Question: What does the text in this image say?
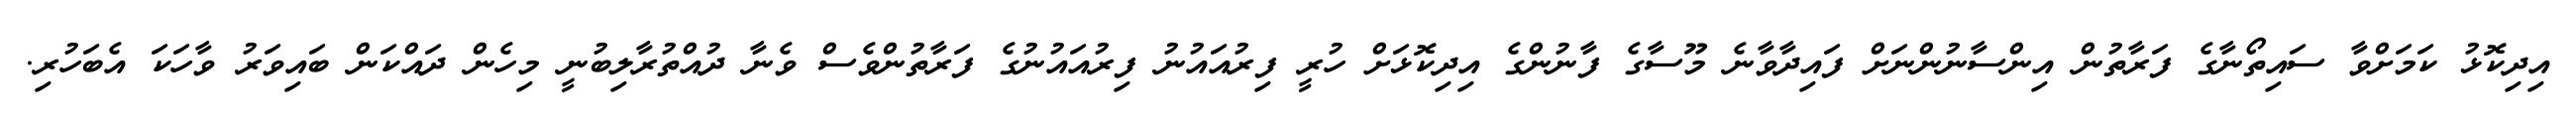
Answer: އިދިކޮޅު ކަމަށްވާ ސައިތޯނާގެ ފަރާތުން އިންސާނުންނަށް ފައިދާވާނެ މޫސާގެ ފާނުންގެ އިދިކޮޅަށް ހުރީ ފިރުއައުނު ފިރުއައުނުގެ ފަރާތުންވެސް ވެނާ ދުއްތުރާލިބުނީ މިހެން ދައްކަން ބައިވަރު ވާހަކަ އެބަހުރި.